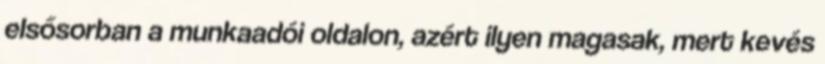
elsősorban a munkaadói oldalon, azért ilyen magasak, mert kevés